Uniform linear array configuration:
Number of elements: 64
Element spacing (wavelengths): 1
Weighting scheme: hamming
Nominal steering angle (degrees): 0
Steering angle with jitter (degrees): -1.719
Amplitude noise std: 0.05
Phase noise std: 0.05

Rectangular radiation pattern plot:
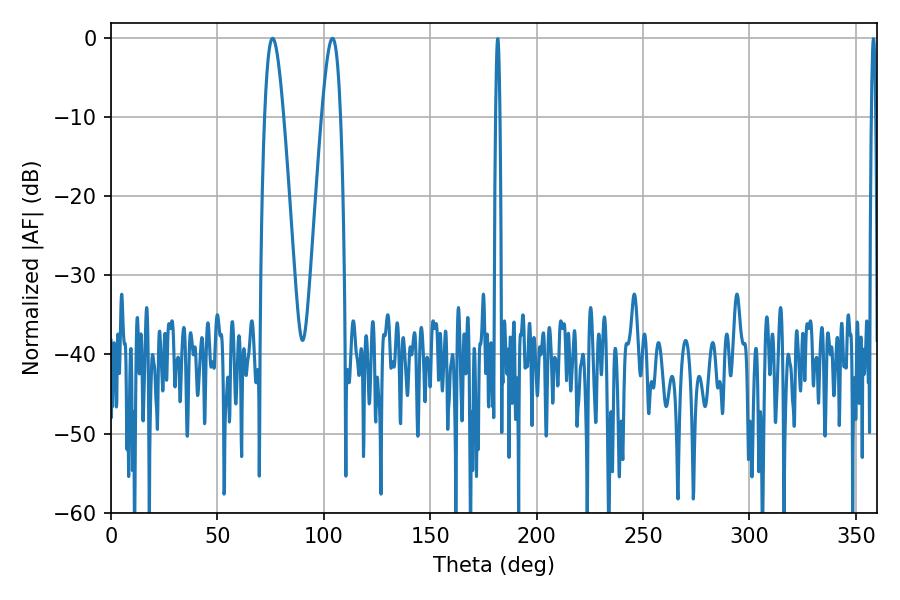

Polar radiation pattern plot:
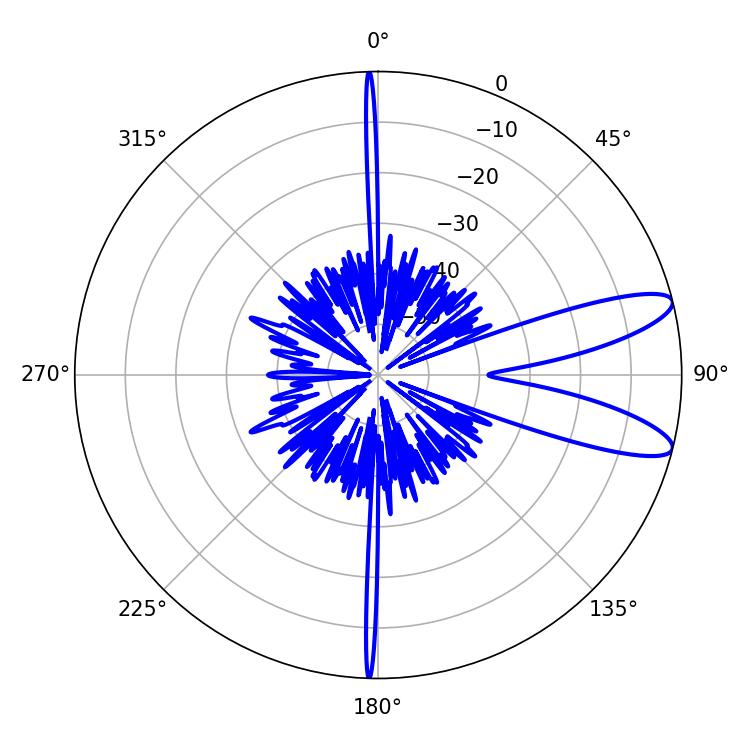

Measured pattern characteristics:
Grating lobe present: TRUE
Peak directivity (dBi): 10.522
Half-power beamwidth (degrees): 4.68
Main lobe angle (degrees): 75.96